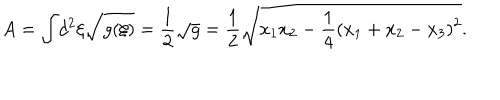
A = \int \! d ^ { 2 } \xi \sqrt { g ( \xi ) } = \frac { 1 } { 2 } \sqrt { g } = \frac { 1 } { 2 } \sqrt { x _ { 1 } x _ { 2 } - \frac { 1 } { 4 } ( x _ { 1 } + x _ { 2 } - x _ { 3 } ) ^ { 2 } } .